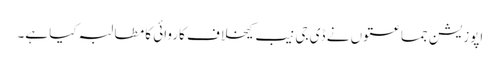
اپوزیشن جماعتوں نے ڈی جی نیب کیخلاف کاروائی کا مطالبہ کیا ہے۔